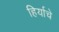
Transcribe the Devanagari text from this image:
हिर्याचे